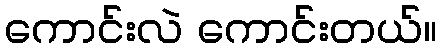
ကောင်းလဲ ကောင်းတယ်။